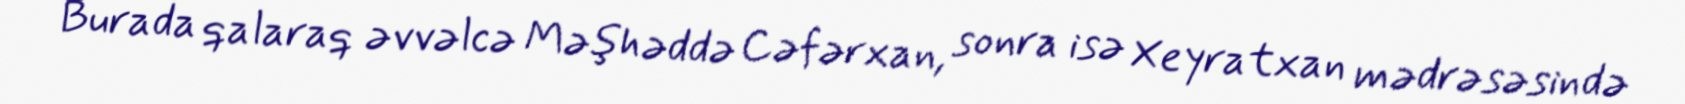
Burada qalaraq əvvəlcə Məşhəddə Cəfərxan, sonra isə Xeyratxan mədrəsəsində